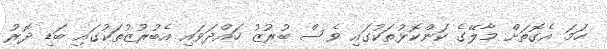
ހަމަ އެގޮތަށް މާލޭގެ ކަންކޮޅުތަކުގައި ވެސް ބުރުޒު ހައްދަވައި އެބުރުޒުތަކުގައި ބަޑި ދޮރު